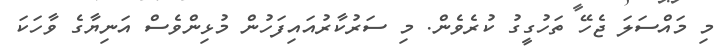
މި މައްސަލަ ޖެހޭ ތަހުގީގު ކުރެވެން. މި ސަރުކާރުއައިފަހުން މުޅިންވެސް އަނިޔާގެ ވާހަކަ